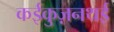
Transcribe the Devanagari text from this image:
कईकुज़नथई